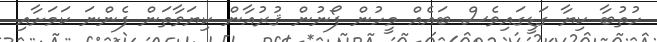
ހުތުބާ ކިޔާ ގަޑީގައިވެސް ބައެއް މީހުން ފޯނުން ޤުރުއާން ކިޔަވާތަން ފެންނަ ކަމަށާއި